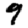
Digit: 9